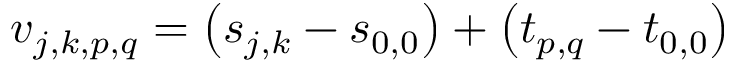
\boldsymbol { v } _ { j , k , p , q } = \left( \boldsymbol { s } _ { j , k } - \boldsymbol { s } _ { 0 , 0 } \right) + \left( \boldsymbol { t } _ { p , q } - \boldsymbol { t } _ { 0 , 0 } \right)